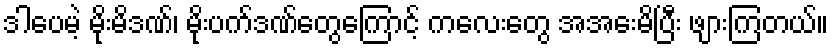
ဒါပေမဲ့ မိုးမိဒဏ်၊ မိုးပက်ဒဏ်တွေကြောင့် ကလေးတွေ အအေးမိပြီး ဖျားကြတယ်။